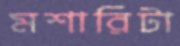
মশারিটা